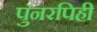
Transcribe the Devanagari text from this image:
पुनरपिही